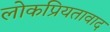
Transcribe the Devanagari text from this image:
लोकप्रियतावाद